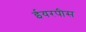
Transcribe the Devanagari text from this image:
ईयरपीस